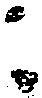
ニ